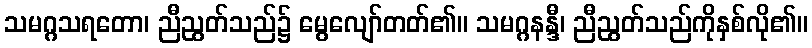
သမဂ္ဂသရတော၊ ညီညွတ်သည်၌ မွေလျော်တတ်၏။ သမဂ္ဂနန္ဒီ၊ ညီညွတ်သည်ကိုနှစ်လို၏။